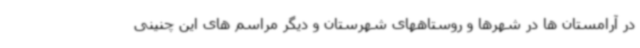
در آرامستان ها در شهرها و روستاههای شهرستان و دیگر مراسم های این چنینی